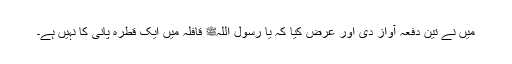
میں نے تین دفعہ آواز دی اور عرض کیا کہ یا رسول اللہﷺ قافلہ میں ایک قطرہ پانی کا نہیں ہے۔